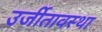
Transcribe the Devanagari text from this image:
उर्जीतावस्था